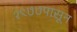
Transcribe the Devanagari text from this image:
१९७७पासून